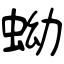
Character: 蚴